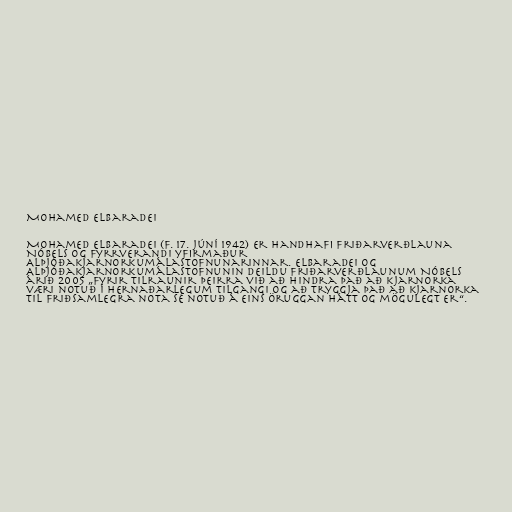
Mohamed ElBaradei

Mohamed ElBaradei (f. 17. júní 1942) er handhafi friðarverðlauna
Nóbels og fyrrverandi yfirmaður
Alþjóðakjarnorkumálastofnunarinnar. ElBaradei og
Alþjóðakjarnorkumálastofnunin deildu friðarverðlaunum Nóbels
árið 2005 „fyrir tilraunir þeirra við að hindra það að kjarnorka
væri notuð í hernaðarlegum tilgangi og að tryggja það að kjarnorka
til friðsamlegra nota sé notuð á eins öruggan hátt og mögulegt er“.